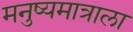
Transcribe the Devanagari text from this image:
मनुष्यमात्राला